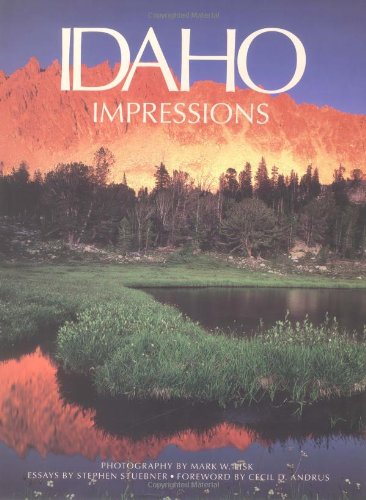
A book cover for Idaho Impressions; Mark Lisk; Travel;